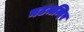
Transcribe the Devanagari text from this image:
नटमन्दिर